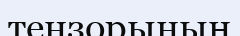
тензорының